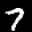
Label: 7